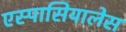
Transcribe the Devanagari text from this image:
एस्पासियालेस